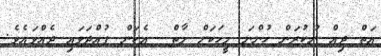
އަތް ދިއް ނުކުރަން ހުންނަ މީހަކަށް މާތް  އެކަން ފުއްދަވައި ދެއްވައެވެ.